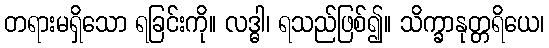
တရားမရှိသော ရခြင်းကို။ လဒ္ဓါ၊ ရသည်ဖြစ်၍။ သိက္ခာနုတ္တရိယေ၊